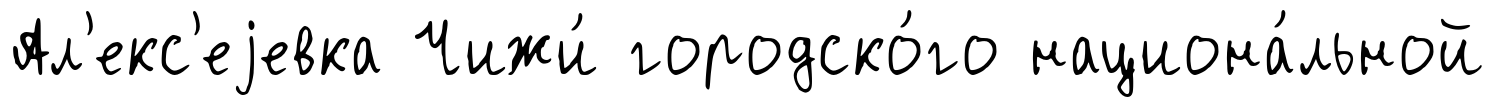
Ал'екс'еjевка Чижи́ городско́го национа́льной